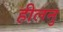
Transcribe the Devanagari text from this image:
हीलनु